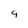
Character: 9